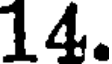
14.